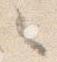
之